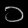
Digit: ၁